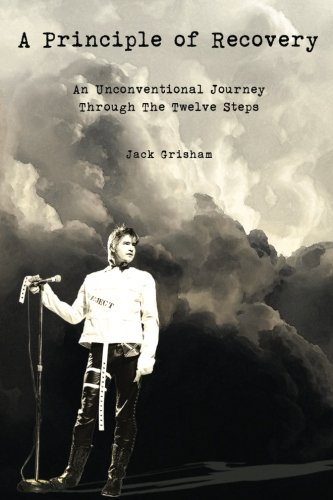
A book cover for A Principle of Recovery: An Unconventional Journey Through the Twelve Steps; Jack Grisham; Health, Fitness & Dieting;